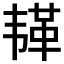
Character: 𫠅